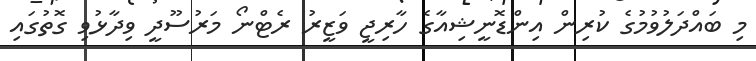
މި ބައްދަލުވުމުގެ ކުރިން އިންޑޮނީޝިއާގެ ހާރިޖީ ވަޒީރު ރެޓްނޯ މަރުސޫދީ ވިދާޅުވި ގޮތުގައި